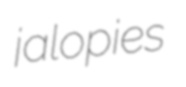
jalopies